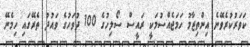
ކަވަރުކުރެވޭނެ އިންތިޒާމު ހަމަޖެއްސުމަކީ ރައީސް ސޯލިހުގެ 100 ދުވަހުގެ ވައުދު ތެރޭގައި ހިމެނޭ